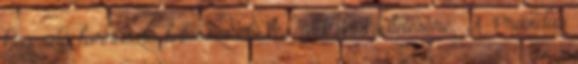
hegesztő, forrasztó, fűtésszerelő készülék működtetésére. ​ A ​ Providus